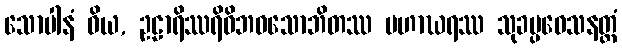
သောပါနံ ဝိယ, ဥဠာရိဿရိဝိဘဝသောဘိတဿ မဟာဃရဿ သုခပ္ပဝေသနတ္ထံ